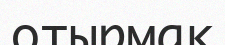
отырмақ